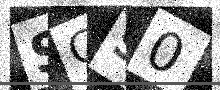
Text: SGS0